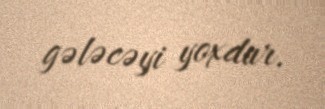
gələcəyi yoxdur.